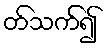
တ်သက်၍